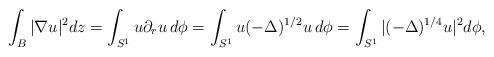
LaTeX: \begin{align*} \int_B|\nabla u|^2dz=\int_{S^1}u\partial_ru\,d\phi=\int_{S^1}u(-\Delta)^{1/2}u\,d\phi =\int_{S^1}|(-\Delta)^{1/4}u|^2d\phi,\end{align*}